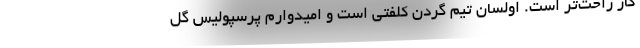
کار راحت‌تر است. اولسان تیم گردن کلفتی است و امیدوارم پرسپولیس گل